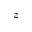
z